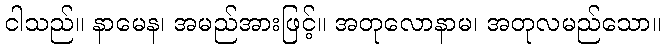
ငါသည်။ နာမေန၊ အမည်အားဖြင့်။ အတုလောနာမ၊ အတုလမည်သော။